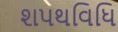
શપથવિધિ